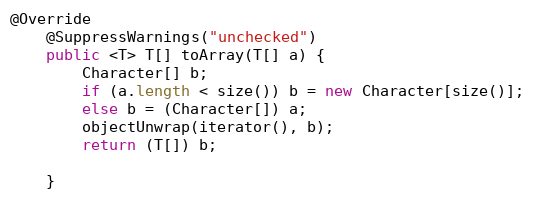
Language: Java
@Override
    @SuppressWarnings("unchecked")
    public <T> T[] toArray(T[] a) {
        Character[] b;
        if (a.length < size()) b = new Character[size()];
        else b = (Character[]) a;
        objectUnwrap(iterator(), b);
        return (T[]) b;

    }